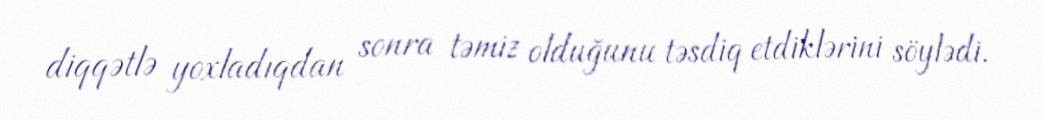
diqqətlə yoxladıqdan sonra təmiz olduğunu təsdiq etdiklərini söylədi.